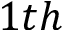
1 t h